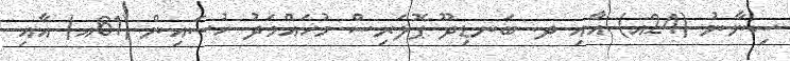
ސިނާނު (24އ) އާއި ދ. ބަނޑިދޫ ޕޮލަރިސް މުހައްމަދު ހުސައިން (61އ) އާއި